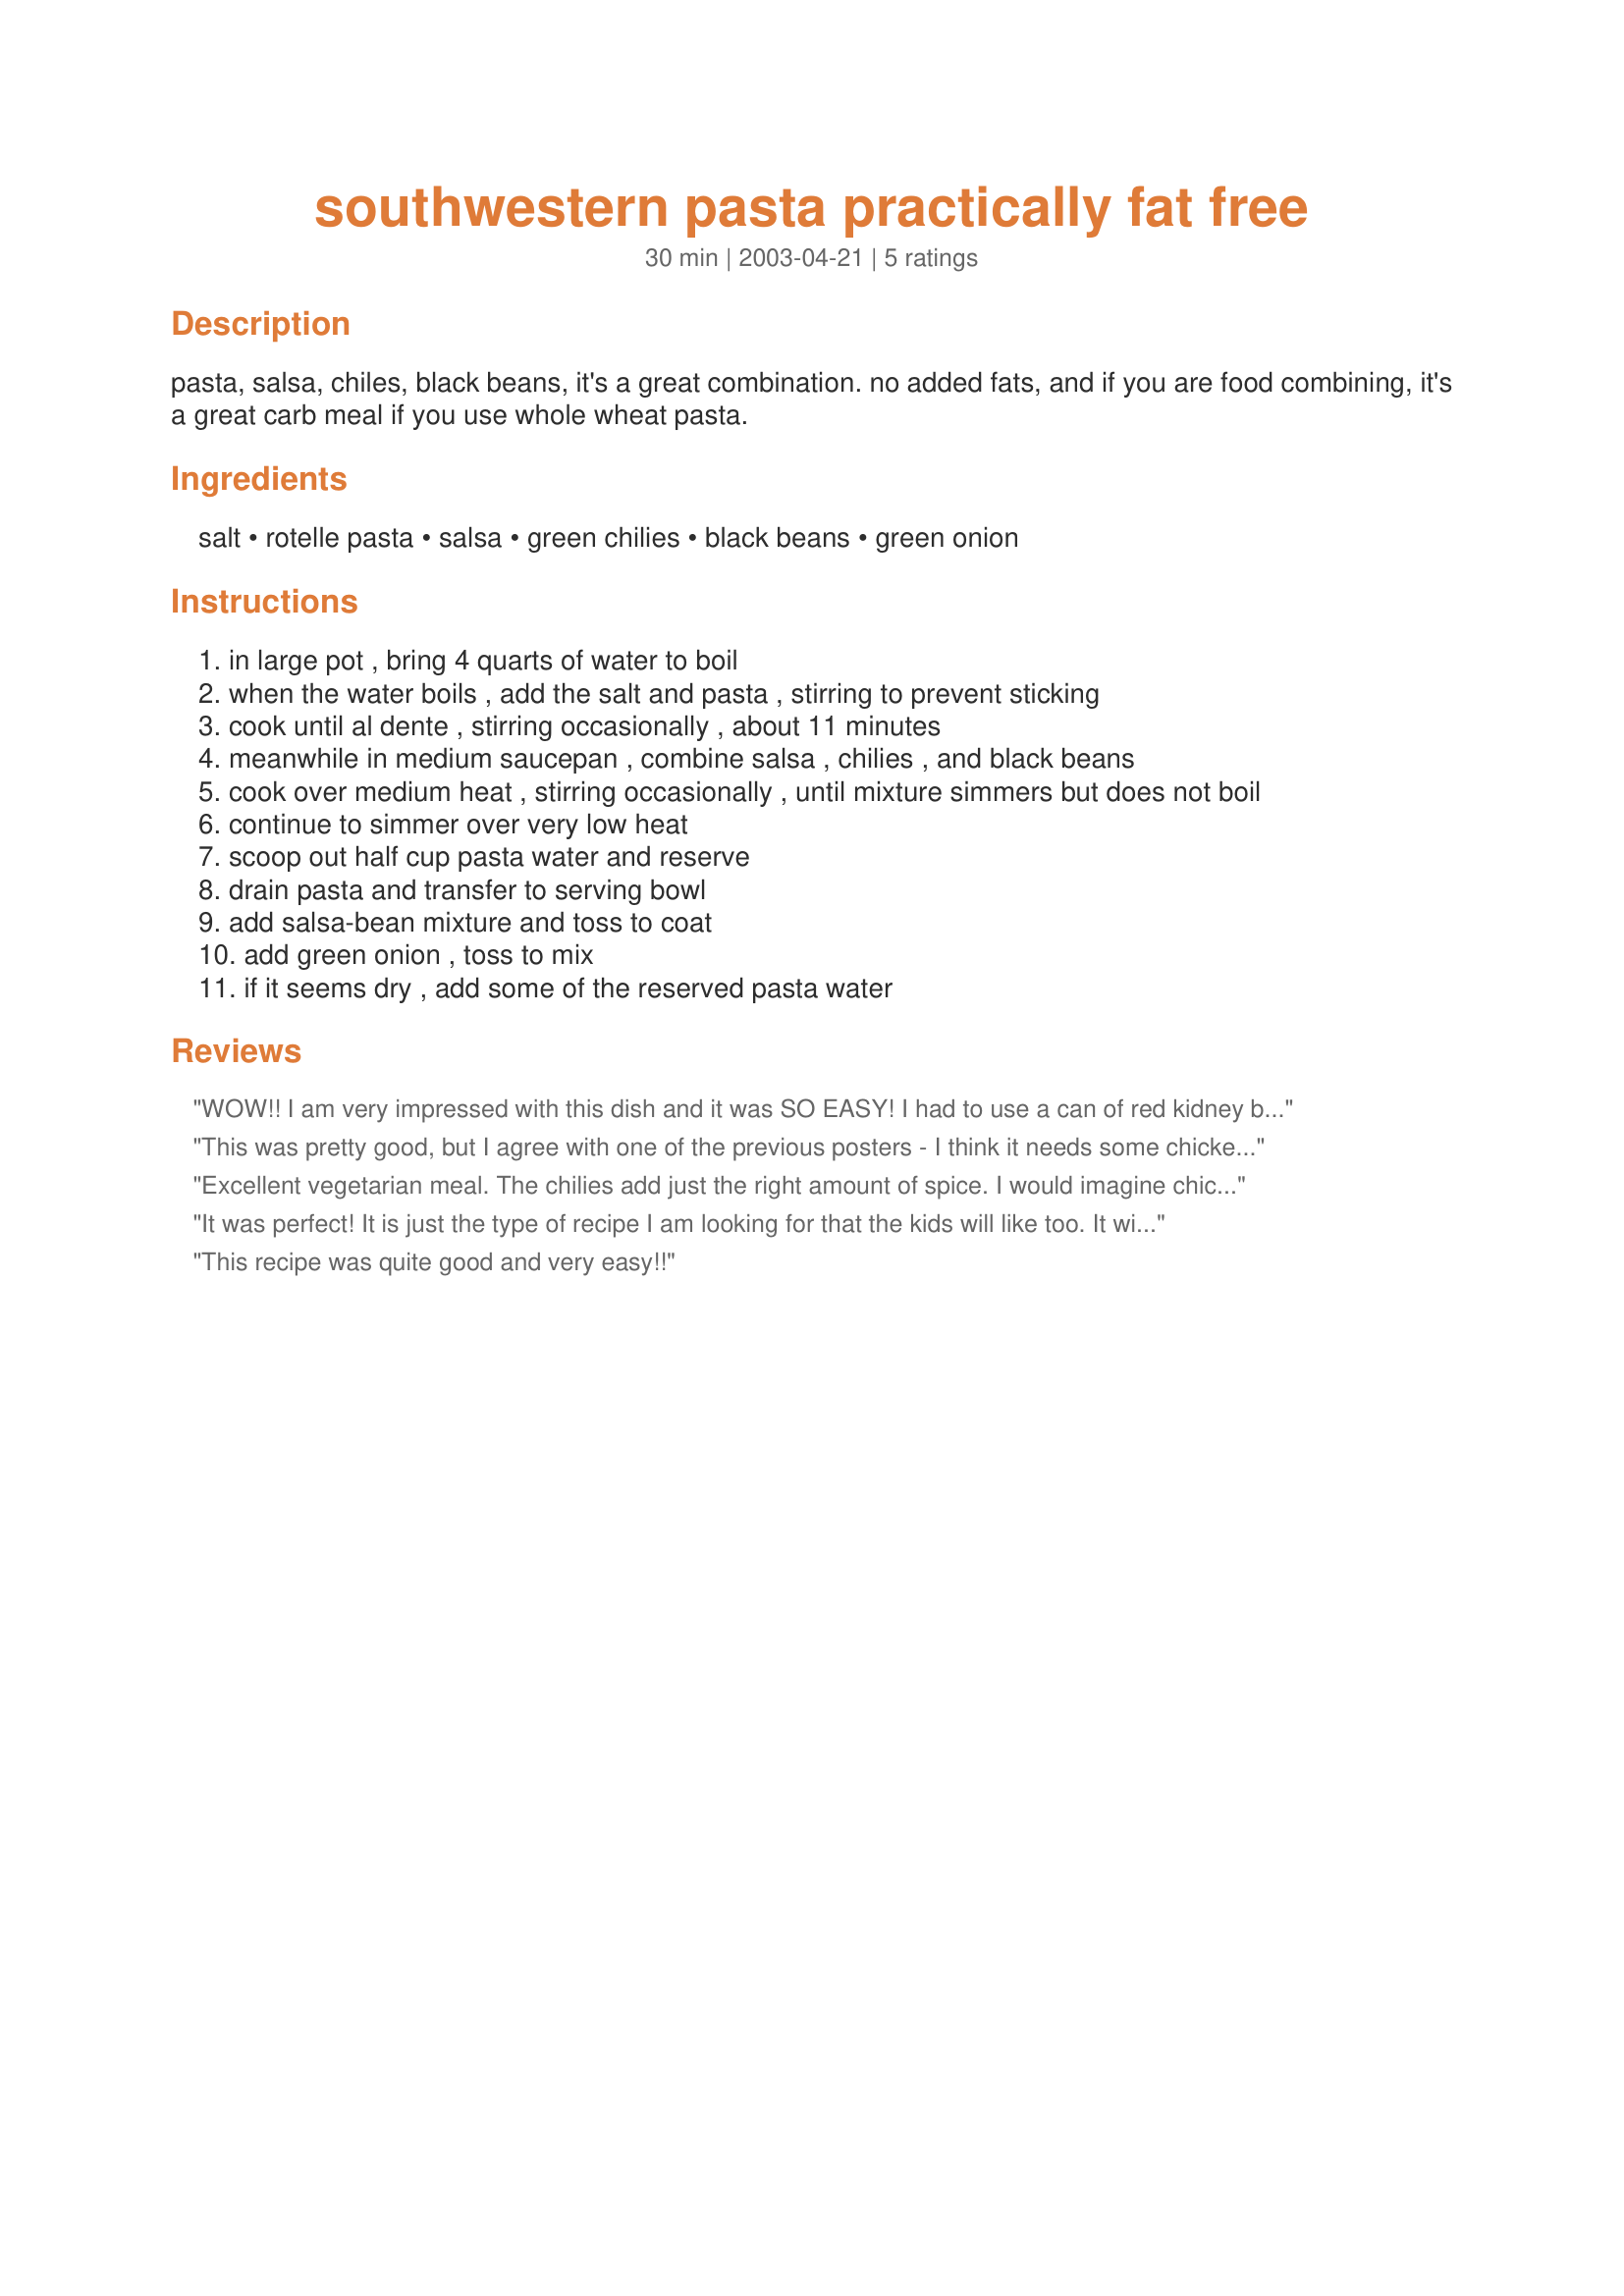
southwestern pasta practically fat free
Preparation time: 30 minutes

pasta, salsa, chiles, black beans, it's a great combination. no added fats, and if you are food combining, it's a great carb meal if you use whole wheat pasta.

Ingredients:
salt, rotelle pasta, salsa, green chilies, black beans, green onion

Steps:
in large pot , bring 4 quarts of water to boil
when the water boils , add the salt and pasta , stirring to prevent sticking
cook until al dente , stirring occasionally , about 11 minutes
meanwhile in medium saucepan , combine salsa , chilies , and black beans
cook over medium heat , stirring occasionally , until mixture simmers but does not boil
continue to simmer over very low heat
scoop out half cup pasta water and reserve
drain pasta and transfer to serving bowl
add salsa-bean mixture and toss to coat
add green onion , toss to mix
if it seems dry , add some of the reserved pasta water

Reviews:
WOW!! I am very impressed with this dish and it was SO EASY! I had to use a can of red kidney beans and a can of pinto beans in place of the black beans but it turned out perfectly. I put some cheese on top of my own serving - it was great. :-)
This was pretty good, but I agree with one of the previous posters - I think it needs some chicken or something. It just felt like something was missing. It was super easy though! I brought some for lunch today and I think I will eat it cold, I have a feeling I will like it better that way. I used medium salsa, and next time I think I will use mild. A little too much spice for me. I also added some fat free shredded cheddar on top, it was a nice addition. Overall, this is as simple and tasty pasta dish that can be thrown together in a flash.
Excellent vegetarian meal. The chilies add just the right amount of spice. I would imagine chicken would be an easy addition as well.
It was perfect! It is just the type of recipe I am looking for that the kids will like too. It will probably be good cold too.
This recipe was quite good and
very easy!!
